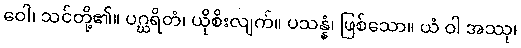
ဝေါ၊ သင်တို့၏။ ပဂ္ဃရိတံ၊ ယိုစိးလျက်။ ပသန္နံ၊ ဖြစ်သော။ ယံ ဝါ အဿု၊